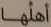
أهلها